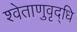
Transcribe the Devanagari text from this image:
श्वेताणुवृद्धि